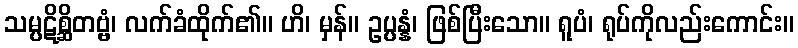
သမ္ပဋိစ္ဆိတဗ္ဗံ၊ လက်ခံထိုက်၏။ ဟိ၊ မှန်။ ဥပ္ပန္နံ၊ ဖြစ်ပြီးသော။ ရူပံ၊ ရုပ်ကိုလည်းကောင်း။